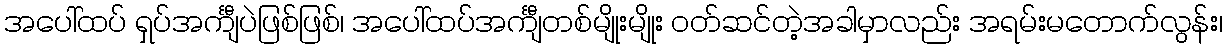
အပေါ်ထပ် ရှပ်အင်္ကျီပဲဖြစ်ဖြစ်၊ အပေါ်ထပ်အင်္ကျီတစ်မျိုးမျိုး ဝတ်ဆင်တဲ့အခါမှာလည်း အရမ်းမတောက်လွန်း၊